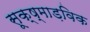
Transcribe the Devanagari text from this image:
सूक्ष्माड़विक